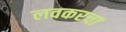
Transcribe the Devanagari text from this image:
लवकरचा